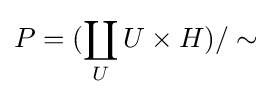
P=(\coprod _{U}U\times H)/\sim